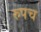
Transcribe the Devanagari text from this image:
रुपच